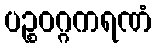
ပဉ္စဝဂ္ဂကရဏံ